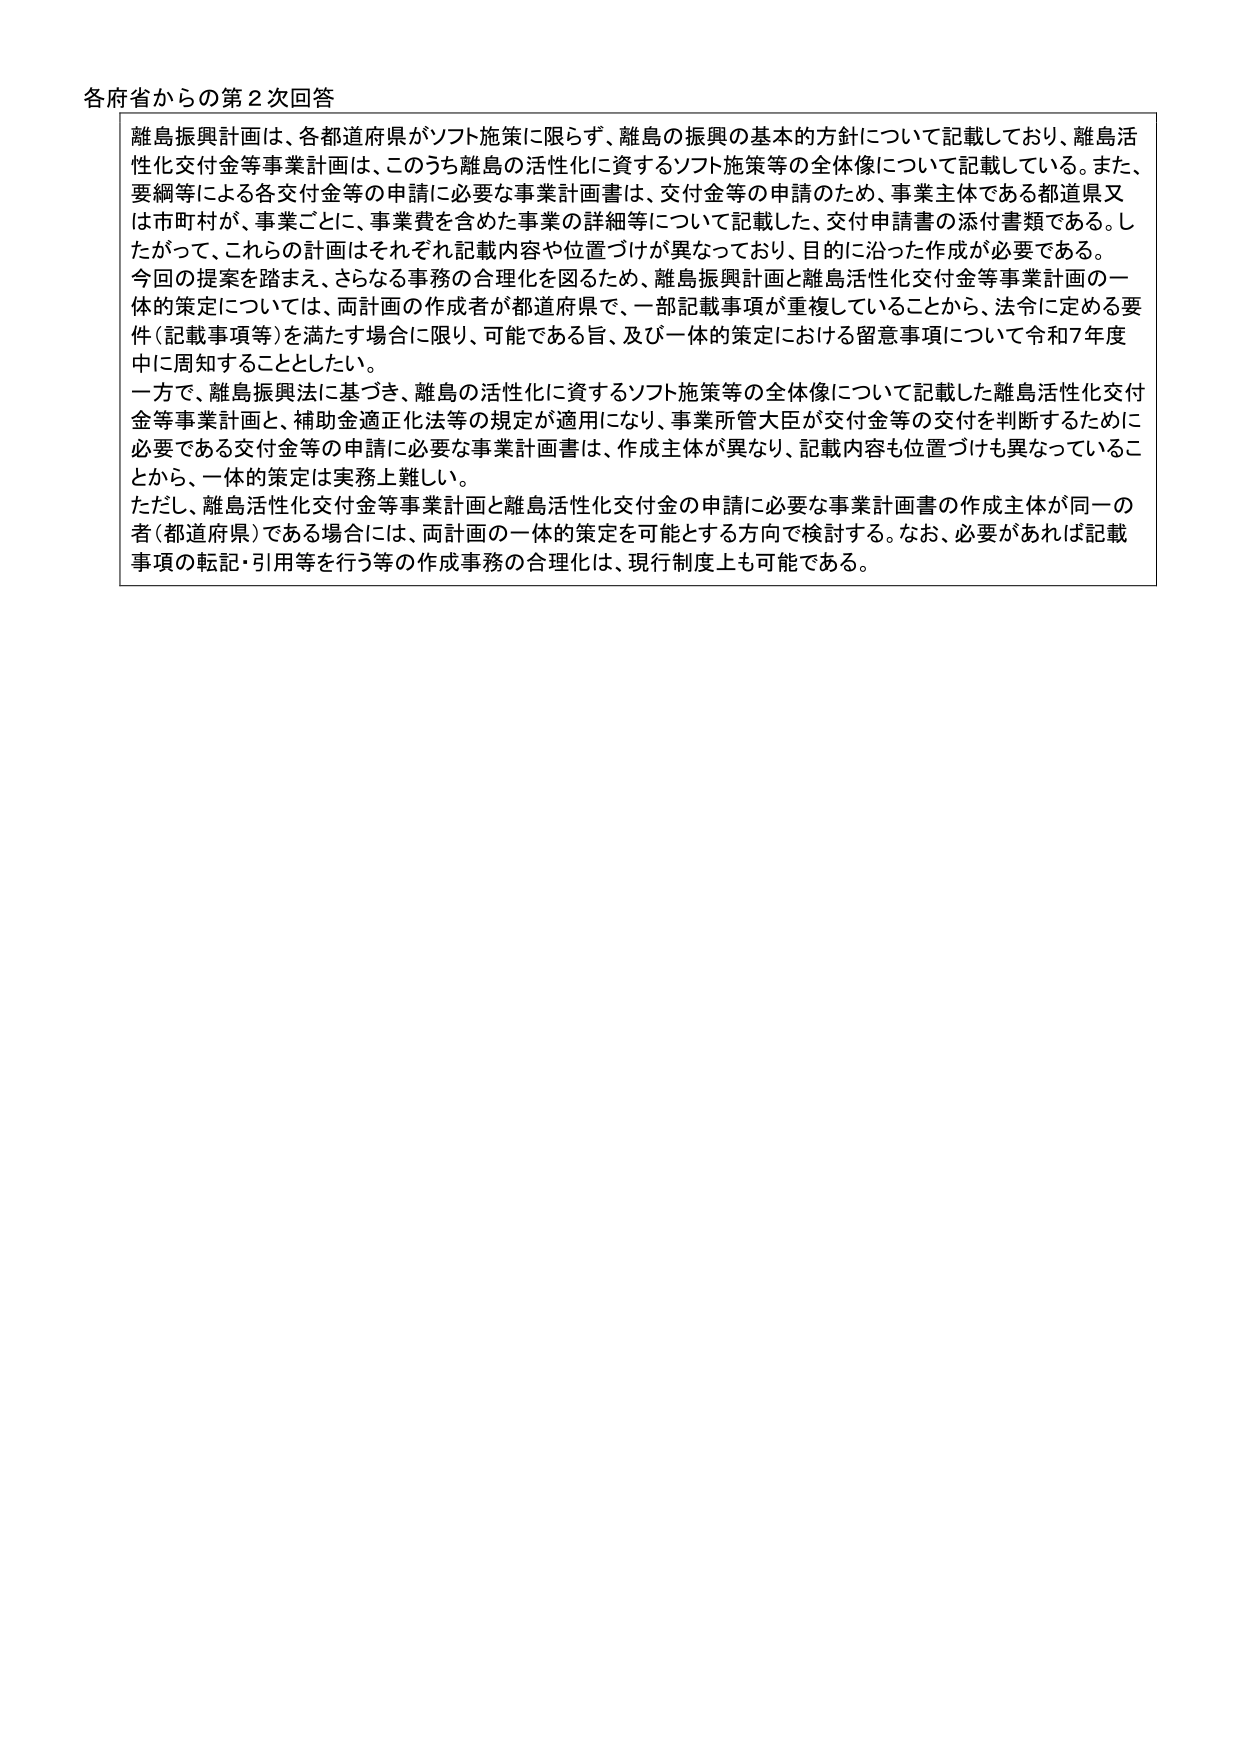
各府省からの第2次回答

離島振興計画は、各都道府県がソフト施策に限らず、離島の振興の基本的方針について記載しており、離島活性化交付金等事業計画は、このうち離島の活性化に資するソフト施策等の全体像について記載している。また、要綱等による各交付金等の申請に必要な事業計画書は、交付金等の申請のため、事業主体である都道県又は市町村が、事業ごとに、事業費を含めた事業の詳細等について記載した、交付申請書の添付書類である。したがって、これらの計画はそれぞれ記載内容や位置づけが異なっており、目的に沿った作成が必要である。

今回の提案を踏まえ、さらなる事務の合理化を図るため、離島振興計画と離島活性化交付金等事業計画の一体的策定については、両計画の作成者が都道府県で、一部記載事項が重複していることから、法令に定める要件（記載事項等）を満たす場合に限り、可能である旨、及び一体的策定における留意事項について令和7年度中に周知することとした。

一方で、離島振興法に基づき、離島の活性化に資するソフト施策等の全体像について記載した離島活性化交付金等事業計画と、補助金適正化法等の規定が適用になり、事業所管大臣が交付金等の交付を判断するために必要である交付金等の申請に必要な事業計画書は、作成主体が異なり、記載内容も位置づけも異なっていることから、一体的策定は実務上難しい。

ただし、離島活性化交付金等事業計画と離島活性化交付金の申請に必要な事業計画書の作成主体が同一の者（都道府県）である場合には、両計画の一体的策定を可能とする方向で検討する。なお、必要があれば記載事項の転記・引用等を行う等の作成事務の合理化は、現行制度上も可能である。